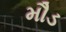
મૌડ